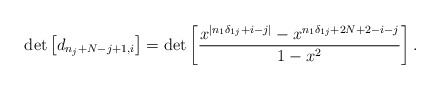
\begin{align*}\det\left[d_{n_{j}+N-j+1,i}\right] =\det\left[\frac{x^{|n_{1}\delta_{1j}+i-j|}-x^{n_{1}\delta_{1j}+2N+2-i-j}}{1-x^{2}}\right].\end{align*}